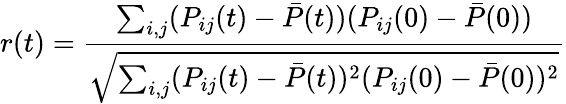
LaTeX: r(t)=\frac{\sum_{i,j}(P_{ij}(t)-\bar{P}(t))(P_{ij}(0)-\bar{P}(0))}{\sqrt{\sum_{i,j}(P_{ij}(t)-\bar{P}(t))^{2}(P_{ij}(0)-\bar{P}(0))^{2}}}